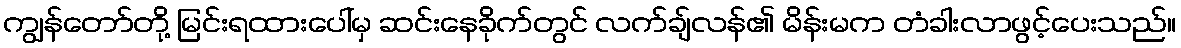
ကျွန်တော်တို့ မြင်းရထားပေါ်မှ ဆင်းနေခိုက်တွင် လက်ချ်လန်၏ မိန်းမက တံခါးလာဖွင့်ပေးသည်။